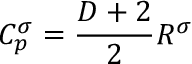
C _ { p } ^ { \sigma } = \frac { D + 2 } { 2 } R ^ { \sigma }